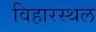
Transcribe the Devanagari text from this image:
विहारस्थल